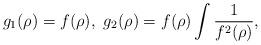
LaTeX: \begin{align*}g_1(\rho)=f(\rho),\ g_2(\rho)=f(\rho)\int \frac{1}{f^2(\rho)},\end{align*}